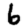
Digit: 6